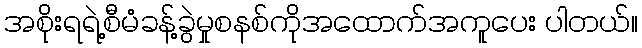
အစိုးရရဲ့စီမံခန့်ခွဲမှုစနစ်ကိုအထောက်အကူပေး ပါတယ်။